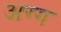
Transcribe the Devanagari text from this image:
अग्ग